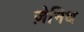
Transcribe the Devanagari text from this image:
ज़ेनिथ